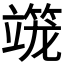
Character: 𰪒